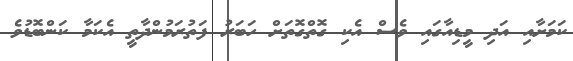
ކަމަށާއި އަދި މީޑިއާގައި ވެސް އެކި ގޮތްގޮތަށް ހަބަރު ފަތުރަމުންދާތީ އެކަމާ ކަންބޮޑުވެ